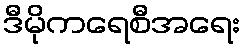
ဒီမိုကရေစီအရေး